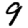
Digit: 9